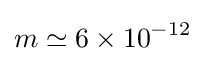
m\simeq 6\times 10^{-12}